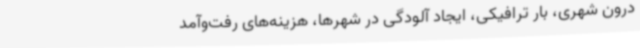
درون شهری، بار ترافیکی، ایجاد آلودگی در شهرها، هزینه‌های رفت‌وآمد